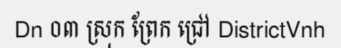
Dn ០៣ ស្រុក ព្រែក ជ្រៅ DistrictVnh